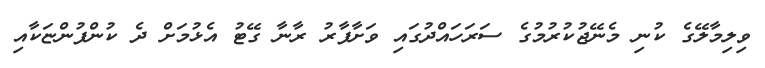
ވިލިމާލޭގެ ކުނި މެނޭޖުކުރުމުގެ ސަރަހައްދުގައި ވަށާފާރު ރާނާ ގޭޓު އެޅުމަށް ދެ ކުންފުންޏަކާއި